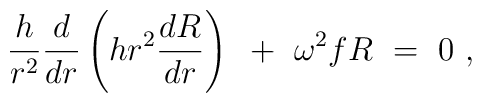
{h \over r^2}{d \over dr}\left( hr^2 {dR \over dr}\right)~+~\omega^2 fR~=~0~,